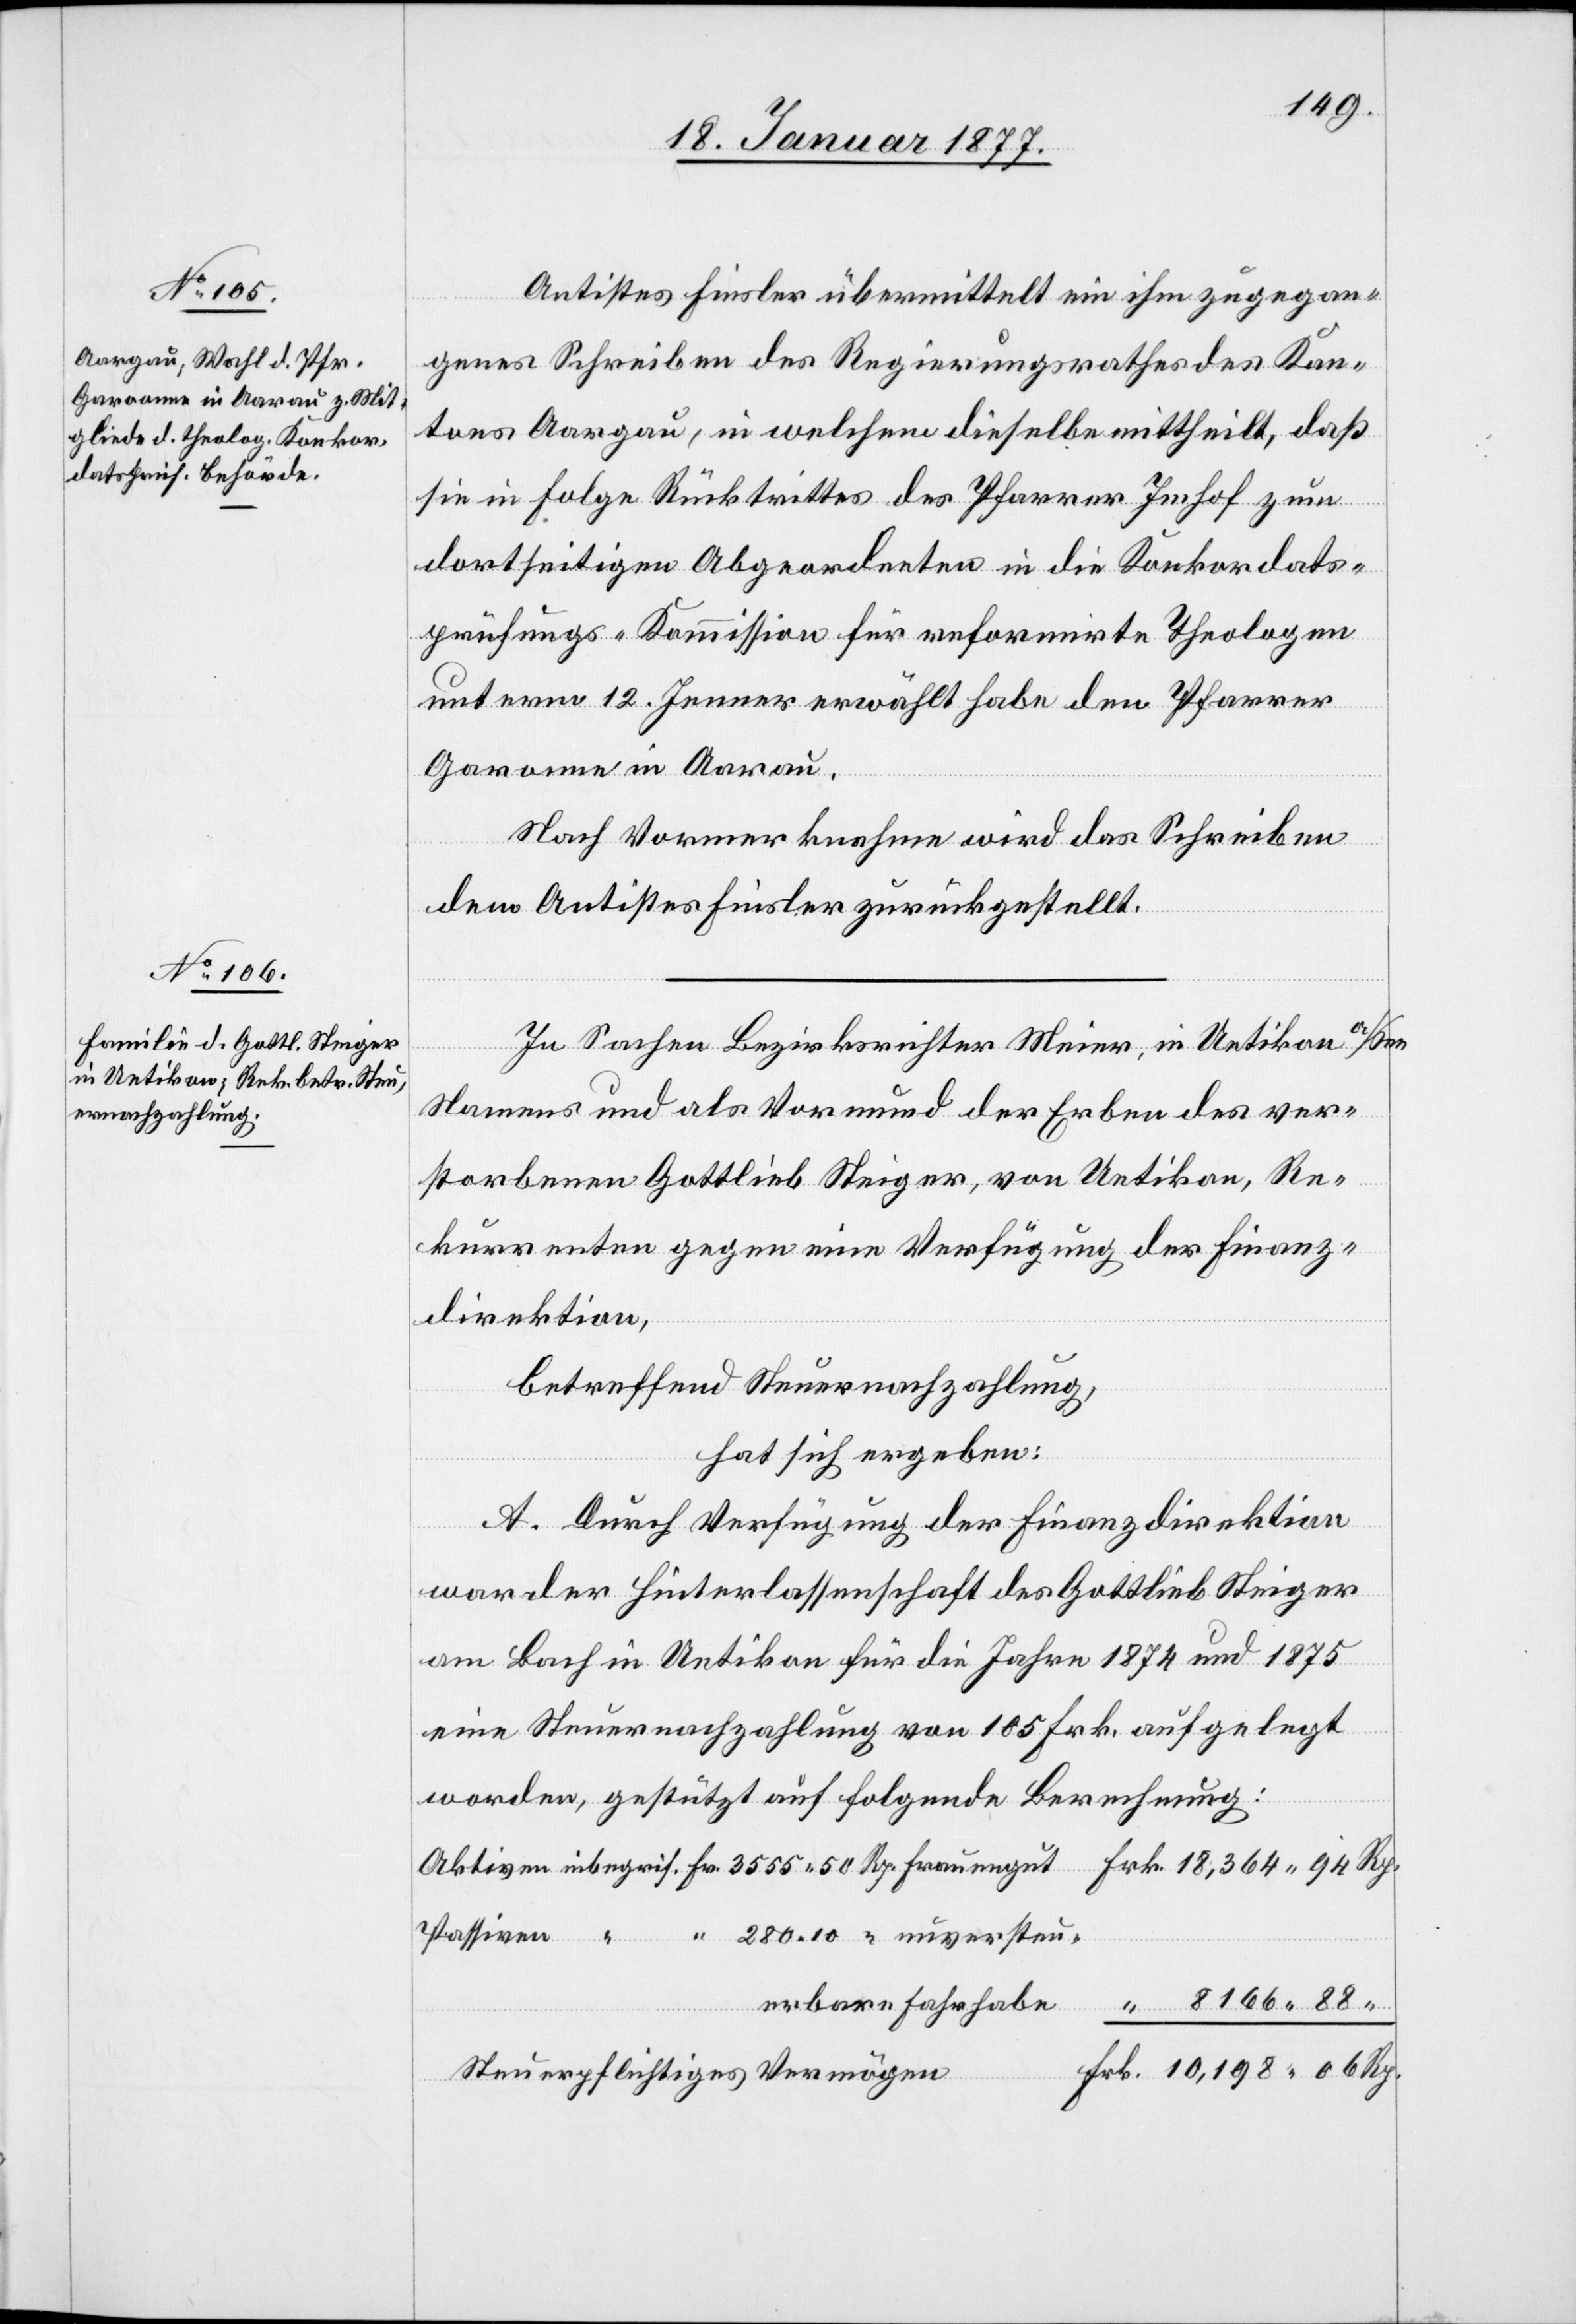
Antistes Finsler übermittelt ein ihm zugegan¬
genes Schreiben des Regierungsrathes des Kan¬
tons Aargau, in welchem dieselbe [sic!] mittheilt, daß
[sic!] in Folge Rücktrittes des Pfarrer Imhof zum
dortseitigen Abgeordneten in die Konkordats¬
prüfungs-Kommission für reformirte Theologen
unterm 12. Jenner erwählt habe den Pfarrer
Rp.
Garonne in Aarau.
Nach Vormerknahme wird das Schreiben
dem Antistes Finsler zurückgestellt.
In Sachen Bezirksrichter Meier, in Uetikon a/See
Namens und als Vormund der Erben des ver¬
storbenen Gottlieb Steiger, von Uetikon, Re¬
kurrenten gegen eine Verfügung der Finanz¬
direktion,
betreffend Steuernachzahlung,
hat sich ergeben:
A. Durch Verfügung der Finanzdirektion
war der Hinterlassenschaft des Gottlieb Steiger
am Bach in Uetikon für die Jahre 1874 und 1875
eine Steuernachzahlung von 105 Frk. aufgelegt
worden, gestützt auf folgende Berechnung:
Passiven
auengut
Steuerpflichtiges Vermögen